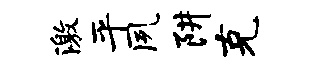
激平夙阱克